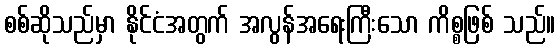
စစ်ဆိုသည်မှာ နိုင်ငံအတွက် အလွန်အရေးကြီးသော ကိစ္စဖြစ် သည်။